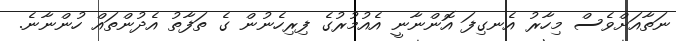
ނަތާއަށްވެސް މިހާރު އެނގިފަ އޮންނާނީ އެއުމުރުގެ ފިރިހެނުން ގެ ތަފާތު އެދުންތައް ހުންނާނެ.